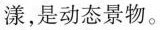
漾，是动态景物。